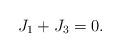
LaTeX: \begin{align*}J_1 + J_3 = 0.\end{align*}